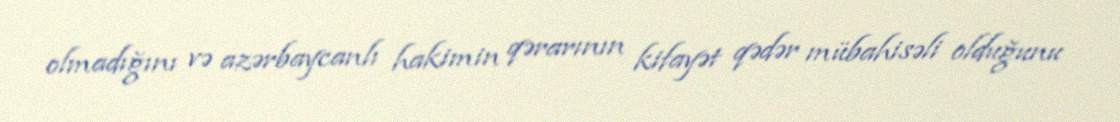
olmadığını və azərbaycanlı hakimin qərarının kifayət qədər mübahisəli olduğunu